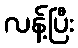
လန့်ပြီး